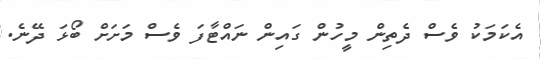
އެކަމަކު ވެސް ދެތިން މީހުން ގައިން ނައްޓާފަ ވެސް މަށަށް ބޯޅަ ދޭނެ.